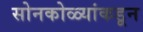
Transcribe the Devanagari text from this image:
सोनकोळ्यांकडून